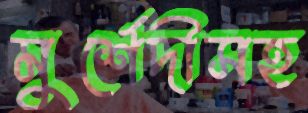
মুর্শেদীসহ